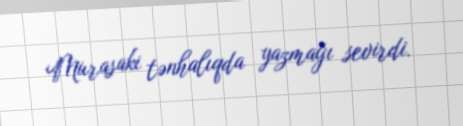
Murasaki tənhalıqda yazmağı sevirdi.